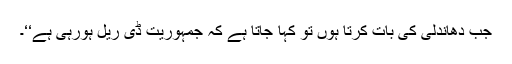
جب دھاندلی کی بات کرتا ہوں تو کہا جاتا ہے کہ جمہوریت ڈی ریل ہورہی ہے‘‘۔